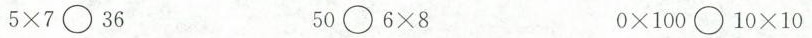
$$5 \times 7 \bigcirc 3 6$$ $$5 0 \bigcirc 6 \times 8$$ $$0 \times 1 0 0 \bigcirc 1 0 \times 1 0$$